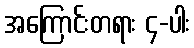
အကြောင်းတရား ၄-ပါး